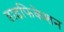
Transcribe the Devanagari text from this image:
डाइफिकेशन